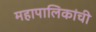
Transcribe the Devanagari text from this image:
महापालिकांची